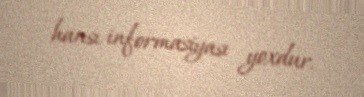
hansı informasiyası yoxdur.